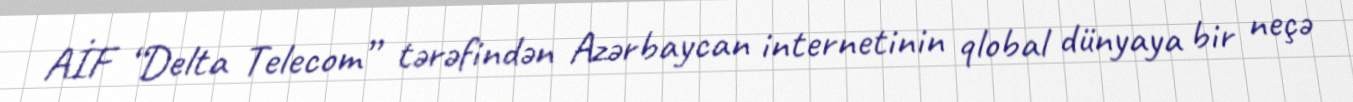
AİF “Delta Telecom” tərəfindən Azərbaycan internetinin qlobal dünyaya bir neçə